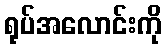
ရုပ်အလောင်းကို